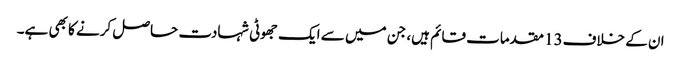
ان کے خلاف13 مقدمات قائم ہیں، جن میں سے ایک جھوٹی شہادت حاصل کرنے کا بھی ہے۔